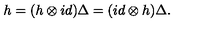
h = ( h \otimes i d ) \Delta = ( i d \otimes h ) \Delta .